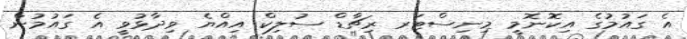
އެ ގައުމުގެ އިކޮނޮމީ މިނިސްޓަރ ރިޗާޑް ސުލިކް އިއްޔެ ވިދާޅުވީ އެ ގައުމުން